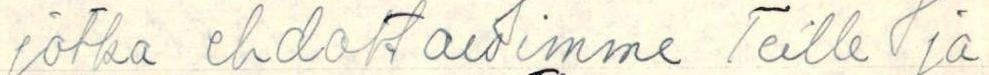
jotka ehdottaisimme Teille ja